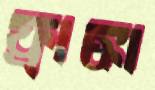
ফ্রাঙ্কা